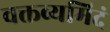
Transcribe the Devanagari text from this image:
वक्तव्यमिदं